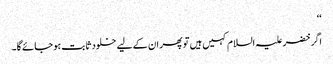
‘‘
اگر خضر علیہ السلام کہیں ہیں تو پھر ان کے لیے خلود ثابت ہو جائے گا۔